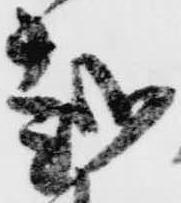
越